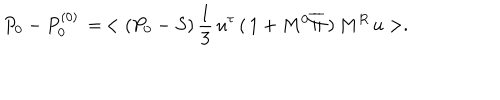
P _ { 0 } - P _ { 0 } ^ { ( 0 ) } \, = \, < ( P _ { 0 } - S ) \, { \frac { 1 } { 3 } } \, u ^ { \tau } \, ( \, 1 + M ^ { 0 } \overline { { \Pi } } \, ) \, M ^ { R } \, u > .